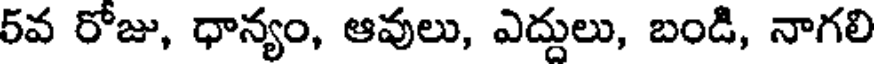
5వ రోజు, ధాన్యం, ఆవులు, ఎద్దులు, బండి, నాగలి